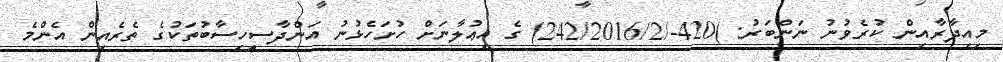
މިއިދާރާއިން ކުރެވުނު ނަންބަރު: )420-/242/2016/2) ގެ އިޢުލާނަށް ހުށަހެޅުނު އަންދާސީހިސާބުތަކުގެ ތެރެއިން އެންމެ